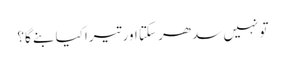
تو نہیں سدھر سکتا اور تیرا کیا بنے گا؟